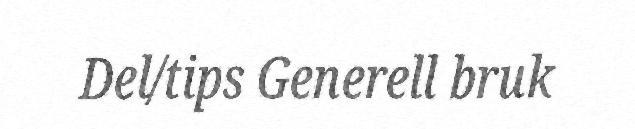
Del/tips Generell bruk